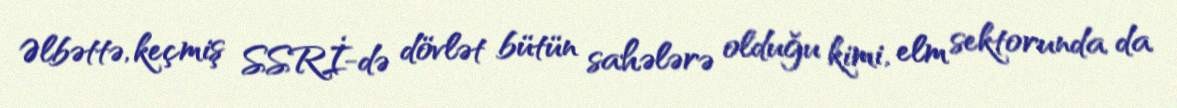
Əlbəttə, keçmiş SSRİ-də dövlət bütün sahələrə olduğu kimi, elm sektorunda da